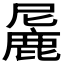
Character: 𬸼